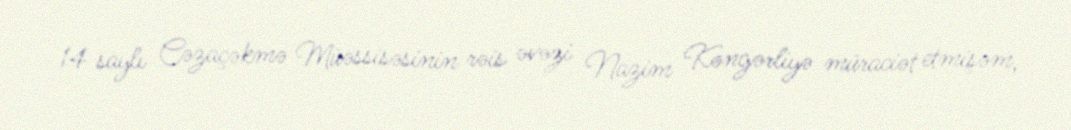
14 saylı Cəzaçəkmə Müəssisəsinin rəis əvəzi Nazim Kəngərliyə müraciət etmişəm,